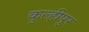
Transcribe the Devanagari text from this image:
कुल्हीपुर